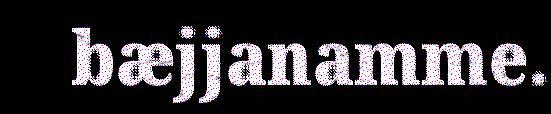
bæjjanamme.